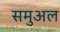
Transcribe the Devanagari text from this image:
समुअल